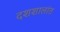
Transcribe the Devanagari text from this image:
दशशालांत